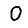
Digit: 0